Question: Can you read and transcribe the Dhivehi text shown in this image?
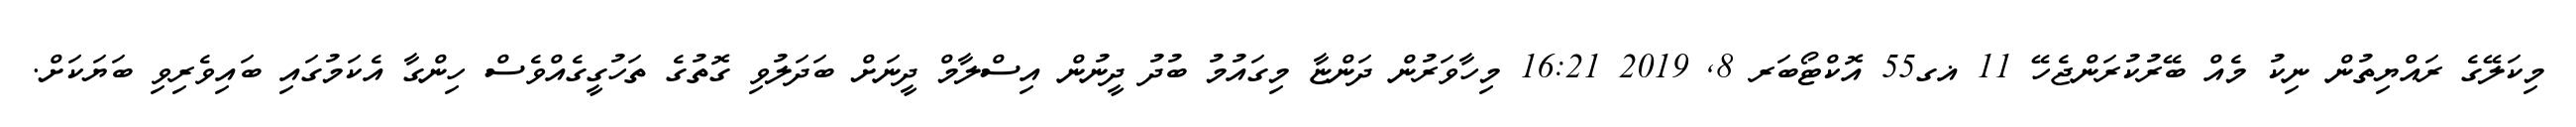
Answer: މިކަލޭގެ ރައްޔިތުން ނިކު މެއް ބޭރުކުރަންޖެހޭ 11 ޣގ55 އޮކްޓޯބަރ 8, 2019 16:21 މިހާވަރުން ދަންޏާ މިގައުމު ބުދު ދީނުން އިސްލާމް ދީނަށް ބަދަލުވި ގޮތުގެ ތަހުގީގެއްވެސް ހިންގާ އެކަމުގައި ބައިވެރިވި ބަޔަކަށް.